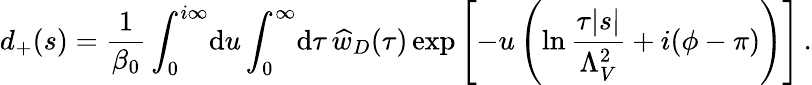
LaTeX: d_{+}(s)=\frac{1}{\beta_{0}}\int_{0}^{i\infty}\! \mathrm{d}u\int_{0}^{\infty}\! \mathrm{d}\tau\, \widehat w_{D}(\tau)\exp\left[-u\left(\ln\frac{\tau|s|}{\Lambda_{V}^{2}}+i(\phi-\pi)\right)\right]\, .